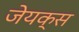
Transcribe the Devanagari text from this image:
जेयक्स